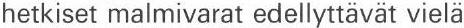
hetkiset malmivarat edellyttävät vielä